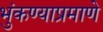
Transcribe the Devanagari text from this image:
भुंकण्याप्रमाणे